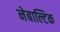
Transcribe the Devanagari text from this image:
नेबाल्टिक